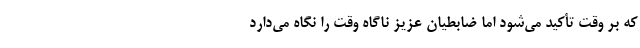
که بر وقت تأکید می‌شود اما ضابطیان عزیز ناگاه وقت را نگاه می‌دارد